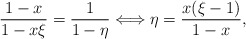
\begin{align*}\frac{1-x}{1-x\xi}=\frac{1}{1-\eta}\Longleftrightarrow \eta=\frac{x(\xi-1)}{1-x},\end{align*}